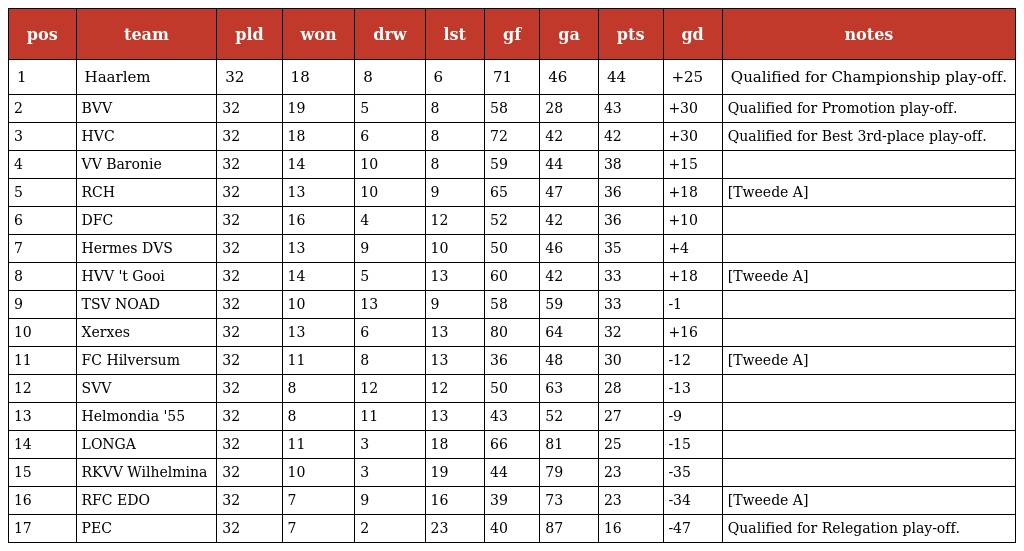
| pos | team | pld | won | drw | lst | gf | ga | pts | gd | notes |
 | --- | --- | --- | --- | --- | --- | --- | --- | --- | --- | --- |
 | 1 | Haarlem | 32 | 18 | 8 | 6 | 71 | 46 | 44 | +25 | Qualified for Championship play-off. |
 | 2 | BVV | 32 | 19 | 5 | 8 | 58 | 28 | 43 | +30 | Qualified for Promotion play-off. |
 | 3 | HVC | 32 | 18 | 6 | 8 | 72 | 42 | 42 | +30 | Qualified for Best 3rd-place play-off. |
 | 4 | VV Baronie | 32 | 14 | 10 | 8 | 59 | 44 | 38 | +15 |  |
 | 5 | RCH | 32 | 13 | 10 | 9 | 65 | 47 | 36 | +18 | [Tweede A] |
 | 6 | DFC | 32 | 16 | 4 | 12 | 52 | 42 | 36 | +10 |  |
 | 7 | Hermes DVS | 32 | 13 | 9 | 10 | 50 | 46 | 35 | +4 |  |
 | 8 | HVV 't Gooi | 32 | 14 | 5 | 13 | 60 | 42 | 33 | +18 | [Tweede A] |
 | 9 | TSV NOAD | 32 | 10 | 13 | 9 | 58 | 59 | 33 | -1 |  |
 | 10 | Xerxes | 32 | 13 | 6 | 13 | 80 | 64 | 32 | +16 |  |
 | 11 | FC Hilversum | 32 | 11 | 8 | 13 | 36 | 48 | 30 | -12 | [Tweede A] |
 | 12 | SVV | 32 | 8 | 12 | 12 | 50 | 63 | 28 | -13 |  |
 | 13 | Helmondia '55 | 32 | 8 | 11 | 13 | 43 | 52 | 27 | -9 |  |
 | 14 | LONGA | 32 | 11 | 3 | 18 | 66 | 81 | 25 | -15 |  |
 | 15 | RKVV Wilhelmina | 32 | 10 | 3 | 19 | 44 | 79 | 23 | -35 |  |
 | 16 | RFC EDO | 32 | 7 | 9 | 16 | 39 | 73 | 23 | -34 | [Tweede A] |
 | 17 | PEC | 32 | 7 | 2 | 23 | 40 | 87 | 16 | -47 | Qualified for Relegation play-off. |